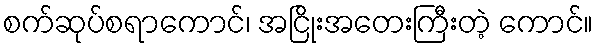
စက်ဆုပ်စရာကောင်၊ အငြိုးအတေးကြီးတဲ့ ကောင်။